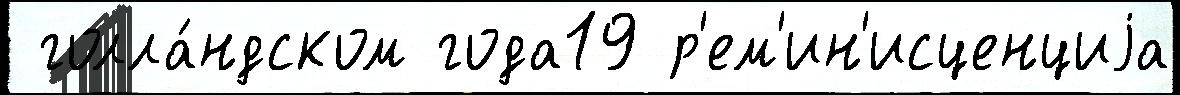
 голла́ндском года19 р'ем'ин'исценциjа